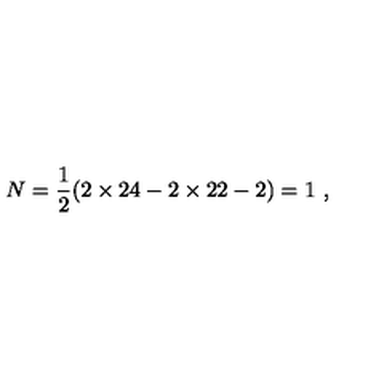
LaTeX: N = \frac { 1 } { 2 } ( 2 \times 2 4 - 2 \times 2 2 - 2 ) = 1 \ ,